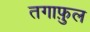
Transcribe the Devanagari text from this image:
तगाफ़ुल